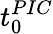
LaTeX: t_{0}^{PIC}